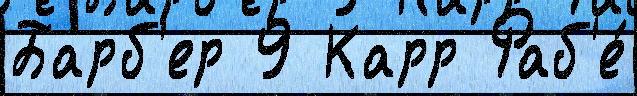
Барб'ер 9 Карр Раб'е́